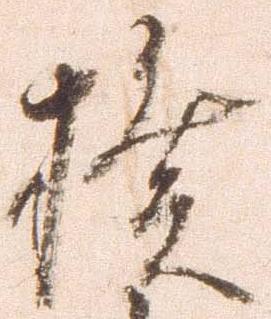
揆